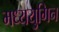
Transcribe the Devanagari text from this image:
मध्ययुगिन